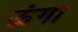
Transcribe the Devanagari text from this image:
ऊंगा